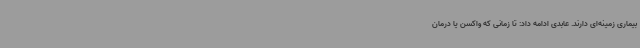
بیماری زمینه‌ای دارند. عابدی ادامه داد: تا زمانی که واکسن یا درمان